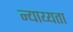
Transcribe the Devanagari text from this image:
न्याय्यता